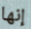
إنها